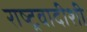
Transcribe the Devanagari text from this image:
राष्ट्रवादीशी